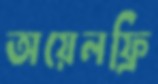
অয়েলফ্রি